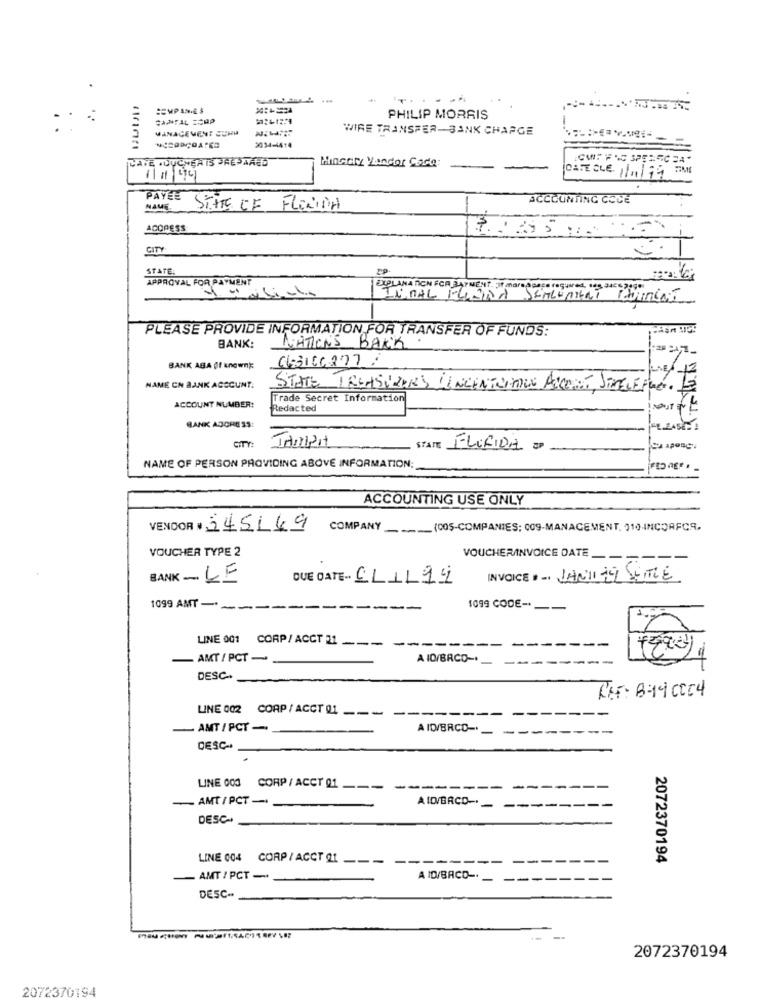
1.
PHILIP MORRIS
MANAGEMENT SUNU
WIRE TRANSFER-BANK CHARGE
3034-4414
CAFE COUCHER IS PREPARED
Hinsely Yandor Code:
11 / 44]
CAFE CCE. 1/11/99
PAYÉE
ACCOUNTING COCE
NAME
STATE OF FLORIDA
ACORESS
CITY
STATE.
APPROVAL FOR PAYMENT
EXPLANATION FOR PAYMENT of mars caps required
INMAL MINHA
SEMLEMENT
PLEASE PROVIDE INFORMATION FOR TRANSFER OF FUNDS:
BANK:
NATION'S BACK
463166277;
BANK ABA If knownk
NAME CN BANK ACCOUNT.
STATE TREASURERS CONCENTRATION ACCOUNT, JETELEFOON
ACCOUNT NUMBER:
Trade Secret Information
Redacted
BANK ASCHE 33:
Stare FLORIDA
NAME OF PERSON PROVIDING ABOVE INFORMATION:
ACCOUNTING USE ONLY
VENDOR + 345149
COMPANY ___ (COS-COMPANIES; 009-MANAGEMENT, 314.INCORFCS.
VOUCHER TYPE 2
VOUCHERINVOICE DATE _-
BANK - LE
DUE DATE- CLIL99
INVOICE + - JANTITEL SEITE
1099 AMT -
--
1099 CODE ---
LINE 001 CORP/ACCT 21 ---
-
-
-
AMT / PCT -
A 10/BRCO-+
---
-
DESC
REF: 8-19 0004
LINE 002 CORP / ACCT Q1.
---
AMT / PCT -
A ID/BRCC-
DESC-
LINE 000 CORP / ACCT 01
--
AMT / PCT -
A ID/BRCO-
DESC++
LINE 004 CORP / ACCT 21
---
2072370194
AMT / PCT -
A ID/BACO-
DESC ..
2072370194
2072370194